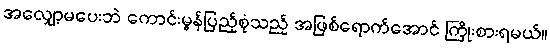
အလျှော့မပေးဘဲ ကောင်းမွန်ပြည့်စုံသည့် အဖြစ်ရောက်အောင် ကြိုးစားရမယ်။